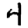
Digit: 4